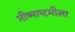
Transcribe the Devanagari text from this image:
भीष्माष्टमीला